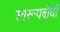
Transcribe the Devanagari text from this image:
स्वरूपबोधों